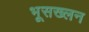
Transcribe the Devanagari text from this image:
भूसख्लन